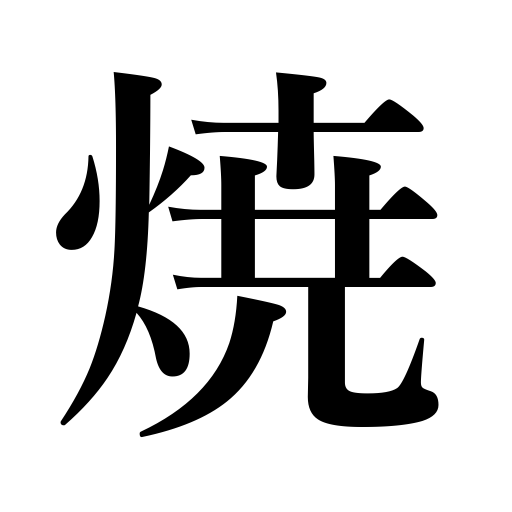
Meanings: roast over a fire,be burnt down,heat up as a motor,be grilled,print photos,scorch,be tarnished,warm up,fade,be burnt,burning,be scorched,be broiled,be envious of,fire,set fire to,cremate,glow,burn,be illuminated,toast,be roasted,singe,be jealous of,have heartburn,bake,be toasted,broil,parch,be sunburnt,char